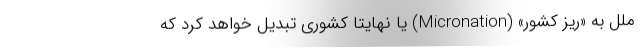
ملل به «ریز کشور» (Micronation) یا نهایتاً کشوری تبدیل خواهد کرد که